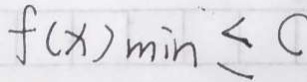
f ( x ) _ { \min } \leq c